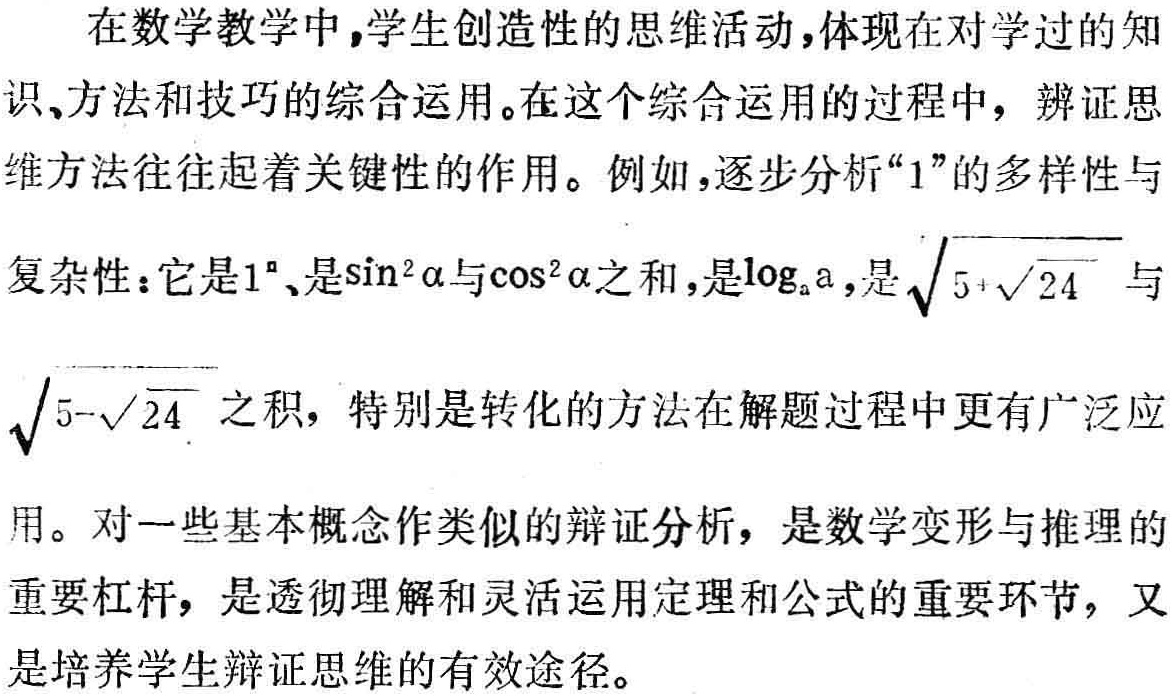
在数学教学中,学生创造性的思维活动,体现在对学过的知识、方法和技巧的综合运用。在这个综合运用的过程中，辨证思维方法往往起着关键性的作用。例如,逐步分析“1”的多样性与复杂性：它是\(1^{\circ}\)、是\(\sin^{2}\alpha\)与\(\cos^{2}\alpha\)之和,是\(\log_{a}a\),是\(\sqrt{5 + \sqrt{24}}\)与\(\sqrt{5 - \sqrt{24}}\)之积，特别是转化的方法在解题过程中更有广泛应用。对一些基本概念作类似的辩证分析，是数学变形与推理的重要杠杆，是透彻理解和灵活运用定理和公式的重要环节，又是培养学生辩证思维的有效途径。